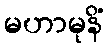
မဟာမုနိံ